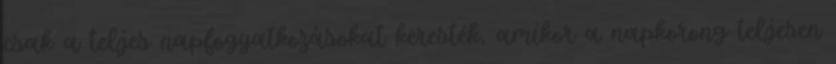
csak a teljes napfogyatkozásokat keresték, amikor a napkorong teljesen